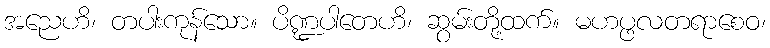
အညေဟိ၊ တပါးကုန်သော။ ပိဏ္ဍပါတေဟိ၊ ဆွမ်းတို့ထက်။ မဟပ္ဖလတရာစေဝ၊